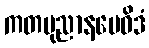
ကတပုညာနမေဝိဒံ